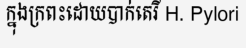
ក្នុងក្រពះដោយបាក់តេរី H. Pylori